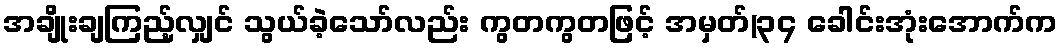
အချိုးချကြည့်လျှင် သွယ်ခဲ့သော်လည်း ကွတကွတဖြင့် အမှတ်(၃၄ ခေါင်းအုံးအောက်က